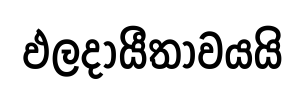
ඵලදායීතාවයයි